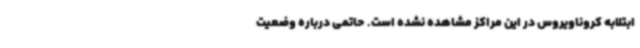
ابتلابه کروناویروس در این مراکز مشاهده نشده است. حاتمی درباره وضعیت